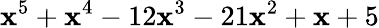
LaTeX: \mathbf{x}^{5}+\mathbf{x}^{4}-12\mathbf{x}^{3}-21\mathbf{x}^{2}+\mathbf{x}+5